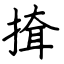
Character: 𢱕